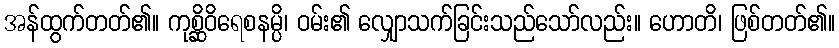
အန်ထွက်တတ်၏။ ကုစ္ဆိဝိရေစနမ္ပိ၊ ဝမ်း၏ လျှောသက်ခြင်းသည်သော်လည်း။ ဟောတိ၊ ဖြစ်တတ်၏။